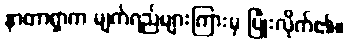
နာတာရှာက မျက်ရည်များကြားမှ ပြုံးလိုက်၏။